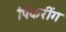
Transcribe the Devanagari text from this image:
पिकरींग